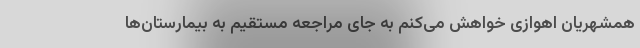
همشهریان اهوازی خواهش می‌کنم به جای مراجعه مستقیم به بیمارستان‌ها